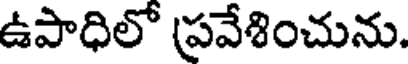
ఉపాధిలో ప్రవేశించును.